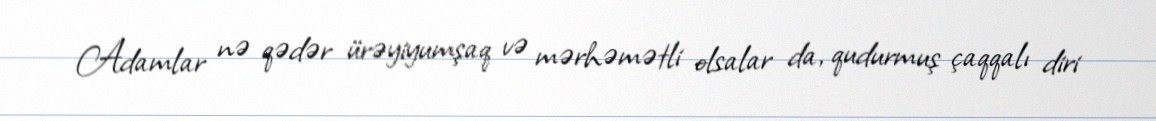
Adamlar nə qədər ürəyiyumşaq və mərhəmətli olsalar da, qudurmuş çaqqalı diri